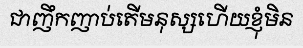
ជាញឹកញាប់តើមនុស្សហើយខ្ញុំមិន